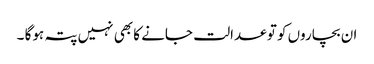
ان بچاروں کو تو عدالت جانے کا بھی نہیں پتہ ہوگا ۔